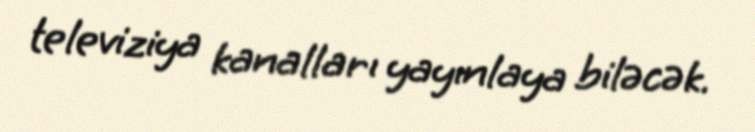
televiziya kanalları yayınlaya biləcək.